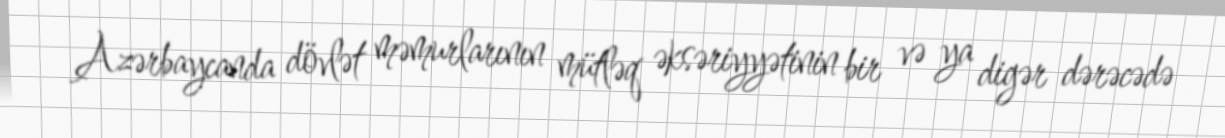
Azərbaycanda dövlət məmurlarının mütləq əksəriyyətinin bir və ya digər dərəcədə